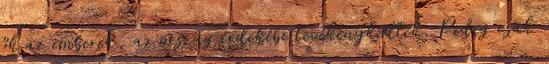
ők az emberek, az ország érdekébe tevékenykedtek. Pedig csak